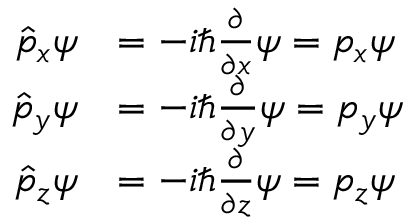
{ \begin{array} { r l } { { \hat { p } } _ { x } \psi } & { = - i \hbar { \frac { \partial } { \partial x } } \psi = p _ { x } \psi } \\ { { \hat { p } } _ { y } \psi } & { = - i \hbar { \frac { \partial } { \partial y } } \psi = p _ { y } \psi } \\ { { \hat { p } } _ { z } \psi } & { = - i \hbar { \frac { \partial } { \partial z } } \psi = p _ { z } \psi } \end{array} } \,